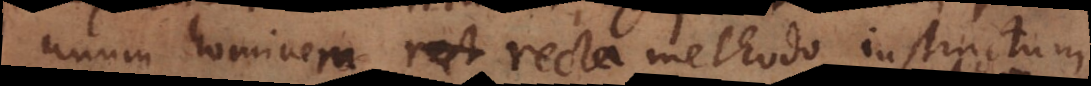
unum hominem recta methodo instructum